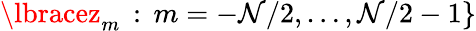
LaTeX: \lbracez_{m}\, :\, m=-\mathcal{N}/2,\dots,\mathcal{N}/2-1\rbrace